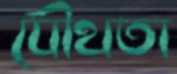
যৌথতা